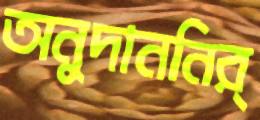
অনুদাননির্